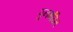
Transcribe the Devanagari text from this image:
पुनगर्ठित